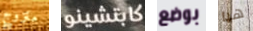
متزوج كابتشينو بوضع هيا